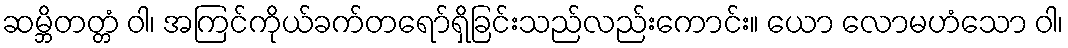
ဆမ္ဘိတတ္တံ ဝါ၊ အကြင်ကိုယ်ခက်တရော်ရှိခြင်းသည်လည်းကောင်း။ ယော လောမဟံသော ဝါ၊